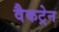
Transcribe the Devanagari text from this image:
वैकट्रेन